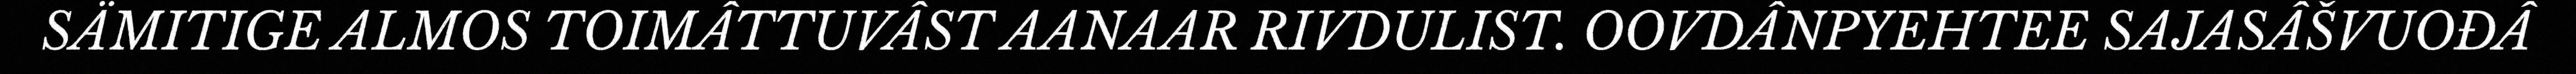
SÄMITIGE ALMOS TOIMÂTTUVÂST AANAAR RIVDULIST. OOVDÂNPYEHTEE SAJASÂŠVUOĐÂ